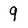
Character: 9